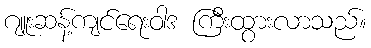
ဂျူးဆန့်ကျင်ရေးဝါဒ ကြီးထွားလာသည်။